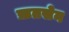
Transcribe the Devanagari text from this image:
ऋतसेन